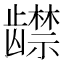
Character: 𬺔